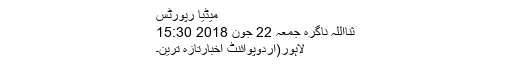
میڈیا رپورٹس
ثنااللہ ناگرہ جمعہ 22 جون 2018 15:30
لاہور(اُردوپوائنٹ اخبارتازہ ترین۔